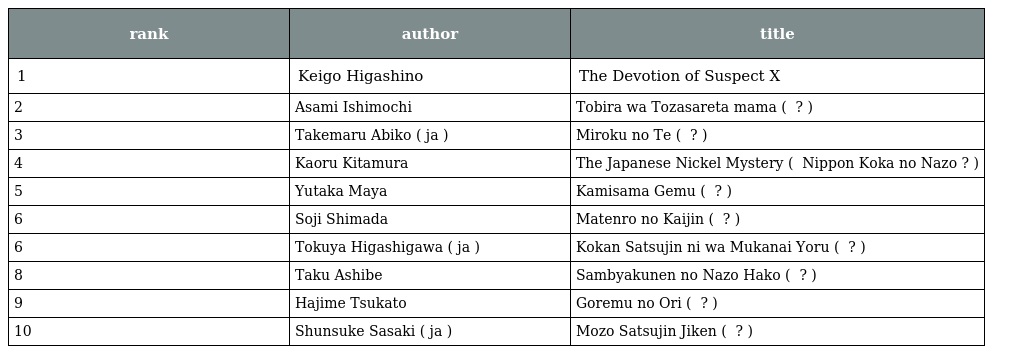
| rank | author | title |
 | --- | --- | --- |
 | 1 | Keigo Higashino | The Devotion of Suspect X |
 | 2 | Asami Ishimochi | Tobira wa Tozasareta mama ( 扉は閉ざされたまま ? ) |
 | 3 | Takemaru Abiko ( ja ) | Miroku no Te ( 弥勒の掌 ? ) |
 | 4 | Kaoru Kitamura | The Japanese Nickel Mystery ( ニッポン硬貨の謎 Nippon Koka no Nazo ? ) |
 | 5 | Yutaka Maya | Kamisama Gemu ( 神様ゲーム ? ) |
 | 6 | Soji Shimada | Matenro no Kaijin ( 摩天楼の怪人 ? ) |
 | 6 | Tokuya Higashigawa ( ja ) | Kokan Satsujin ni wa Mukanai Yoru ( 交換殺人には向かない夜 ? ) |
 | 8 | Taku Ashibe | Sambyakunen no Nazo Hako ( 三百年の謎匣 ? ) |
 | 9 | Hajime Tsukato | Goremu no Ori ( ゴーレムの檻 ? ) |
 | 10 | Shunsuke Sasaki ( ja ) | Mozo Satsujin Jiken ( 模像殺人事件 ? ) |